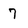
Character: 7